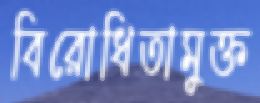
বিরোধিতামুক্ত